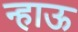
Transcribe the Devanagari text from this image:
न्हाऊ